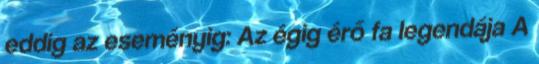
eddig az eseményig: Az égig érő fa legendája A